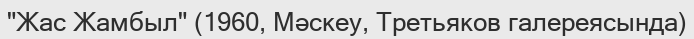
"Жас Жамбыл" (1960, Мәскеу, Третьяков галереясында)